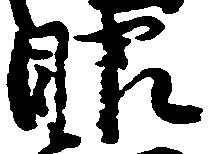
眼